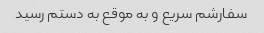
سفارشم سریع و به موقع به دستم رسید